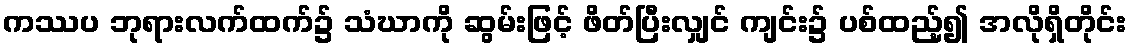
ကဿပ ဘုရားလက်ထက်၌ သံဃာကို ဆွမ်းဖြင့် ဖိတ်ပြီးလျှင် ကျင်း၌ ပစ်ထည့်၍ အလိုရှိတိုင်း